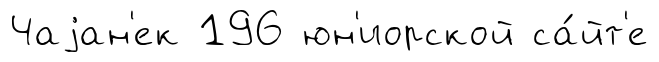
Чаjан'ек 196 юн'иорской са́йт'е